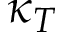
\kappa _ { T }